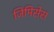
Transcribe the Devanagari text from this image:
जिमिसेस